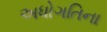
અધોગતિના